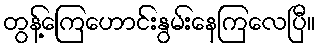
တွန့်ကြေဟောင်းနွမ်းနေကြလေပြီ။